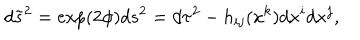
d \tilde { s } ^ { 2 } = \exp ( 2 \phi ) d s ^ { 2 } = d \tau ^ { 2 } - h _ { i j } ( x ^ { k } ) d x ^ { i } d x ^ { j } ,